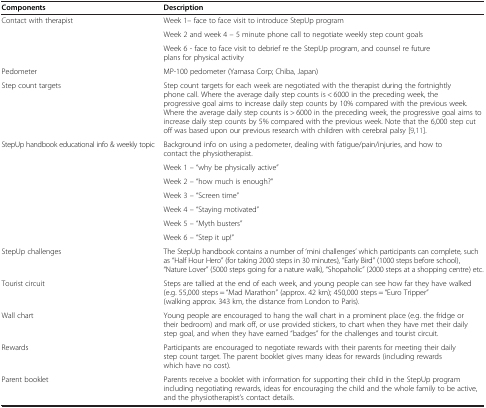
| Components | Description |
 | --- | --- |
 | <ROWSPAN=3> Contact with therapist | Week 1– face to face visit to introduce StepUp program |
 | Week 2 and week 4 – 5 minute phone call to negotiate weekly step count goals |
 | Week 6 - face to face visit to debrief re the StepUp program, and counsel re future plans for physical activity |
 | Pedometer | MP-100 pedometer (Yamasa Corp; Chiba, Japan) |
 | Step count targets | Step count targets for each week are negotiated with the therapist during the fortnightly phone call. Where the average daily step counts is < 6000 in the preceding week, the progressive goal aims to increase daily step counts by 10% compared with the previous week. Where the average daily step counts is > 6000 in the preceding week, the progressive goal aims to increase daily step counts by 5% compared with the previous week. Note that the 6,000 step cut off was based upon our previous research with children with cerebral palsy [9,11]. |
 | <ROWSPAN=7> StepUp handbook educational info & weekly topic | Background info on using a pedometer, dealing with fatigue/pain/injuries, and how to contact the physiotherapist. |
 | Week 1 – “why be physically active” |
 | Week 2 – “how much is enough?” |
 | Week 3 – “Screen time” |
 | Week 4 – “Staying motivated” |
 | Week 5 – “Myth busters” |
 | Week 6 – “Step it up!” |
 | StepUp challenges | The StepUp handbook contains a number of 'mini challenges’ which participants can complete, such as “Half Hour Hero” (for taking 2000 steps in 30 minutes), “Early Bird” (1000 steps before school), “Nature Lover” (5000 steps going for a nature walk), “Shopaholic” (2000 steps at a shopping centre) etc. |
 | Tourist circuit | Steps are tallied at the end of each week, and young people can see how far they have walked (e.g. 55,000 steps = “Mad Marathon” (approx. 42 km); 450,000 steps = “Euro Tripper” (walking approx. 343 km, the distance from London to Paris). |
 | Wall chart | Young people are encouraged to hang the wall chart in a prominent place (e.g. the fridge or their bedroom) and mark off, or use provided stickers, to chart when they have met their daily step goal, and when they have earned “badges” for the challenges and tourist circuit. |
 | Rewards | Participants are encouraged to negotiate rewards with their parents for meeting their daily step count target. The parent booklet gives many ideas for rewards (including rewards which have no cost). |
 | Parent booklet | Parents receive a booklet with information for supporting their child in the StepUp program including negotiating rewards, ideas for encouraging the child and the whole family to be active, and the physiotherapist’s contact details. |